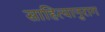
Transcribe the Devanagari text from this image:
साहित्यानुराग